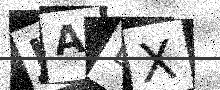
Text: JAEX